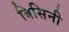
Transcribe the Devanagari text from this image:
बिसिनी